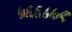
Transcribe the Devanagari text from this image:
५६६८७९